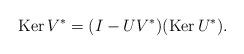
LaTeX: \begin{align*}\mbox{Ker}\,V^* =(I-UV^*)(\mbox{Ker}\,U^*).\end{align*}